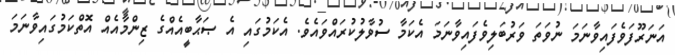
އަނަރޫފަވެފައިވާނަމަ ނުވަތަ ވަރުބަލިވެފައިވާނަމަ އެކަމާ ސުވާލުކުރައްވައެވެ. އެކަމުގައި އެ ޞަޙާބީއެއްގެ ޒިންމާއެއް އޮތްކަމުގައިވާނަމަ